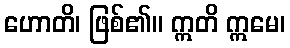
ဟောတိ၊ ဖြစ်၏။ ဣတိ ဣမေ၊